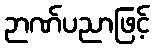
ဉာဏ်ပညာဖြင့်